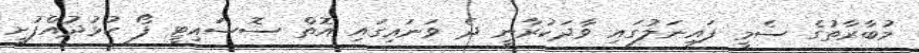
މުބާރާތުގެ ސެމީ ފައިނަލުގައި ވާދަކުރާނީ ދެ ވަނައިގައި އޮތް ސޮސައިޓީ ފޯ ކުޅުދުއްފުށީ